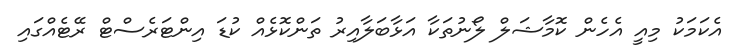
އެކަމަކު މިއީ އެހެން ކޮމާޝަލް ލޯނުތަކާ އަޅާބަލާއިރު ތަންކޮޅެއް ކުޑަ އިންޓަރެސްޓް ރޭޓެއްގައި